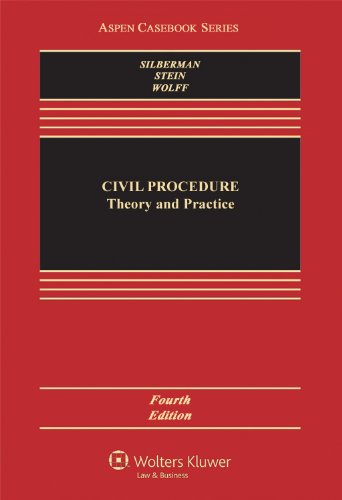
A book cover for Civil Procedure: Theory and Practice, Fourth Edition (Aspen Casebooks); Linda J. Silberman; Law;